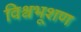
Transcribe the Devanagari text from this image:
विश्वभूशण